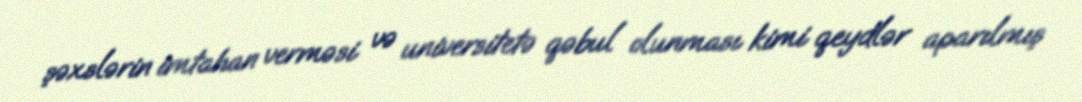
şəxslərin imtahan verməsi və universitetə qəbul olunması kimi qeydlər aparılmış